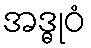
အဒ္ဓုဝံ